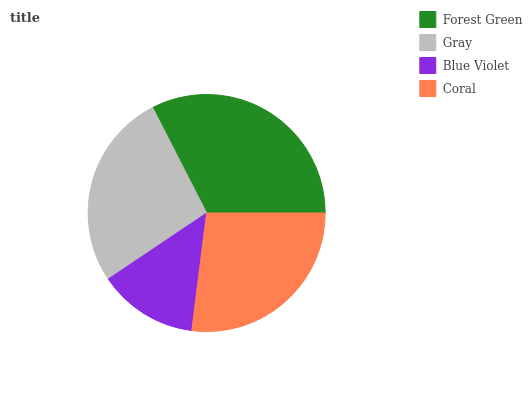
| Forest Green | Gray | Blue Violet | Coral |
 | --- | --- | --- | --- |
 | 32.5% | 26.9% | 13.6% | 27.1% |